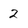
Character: 2